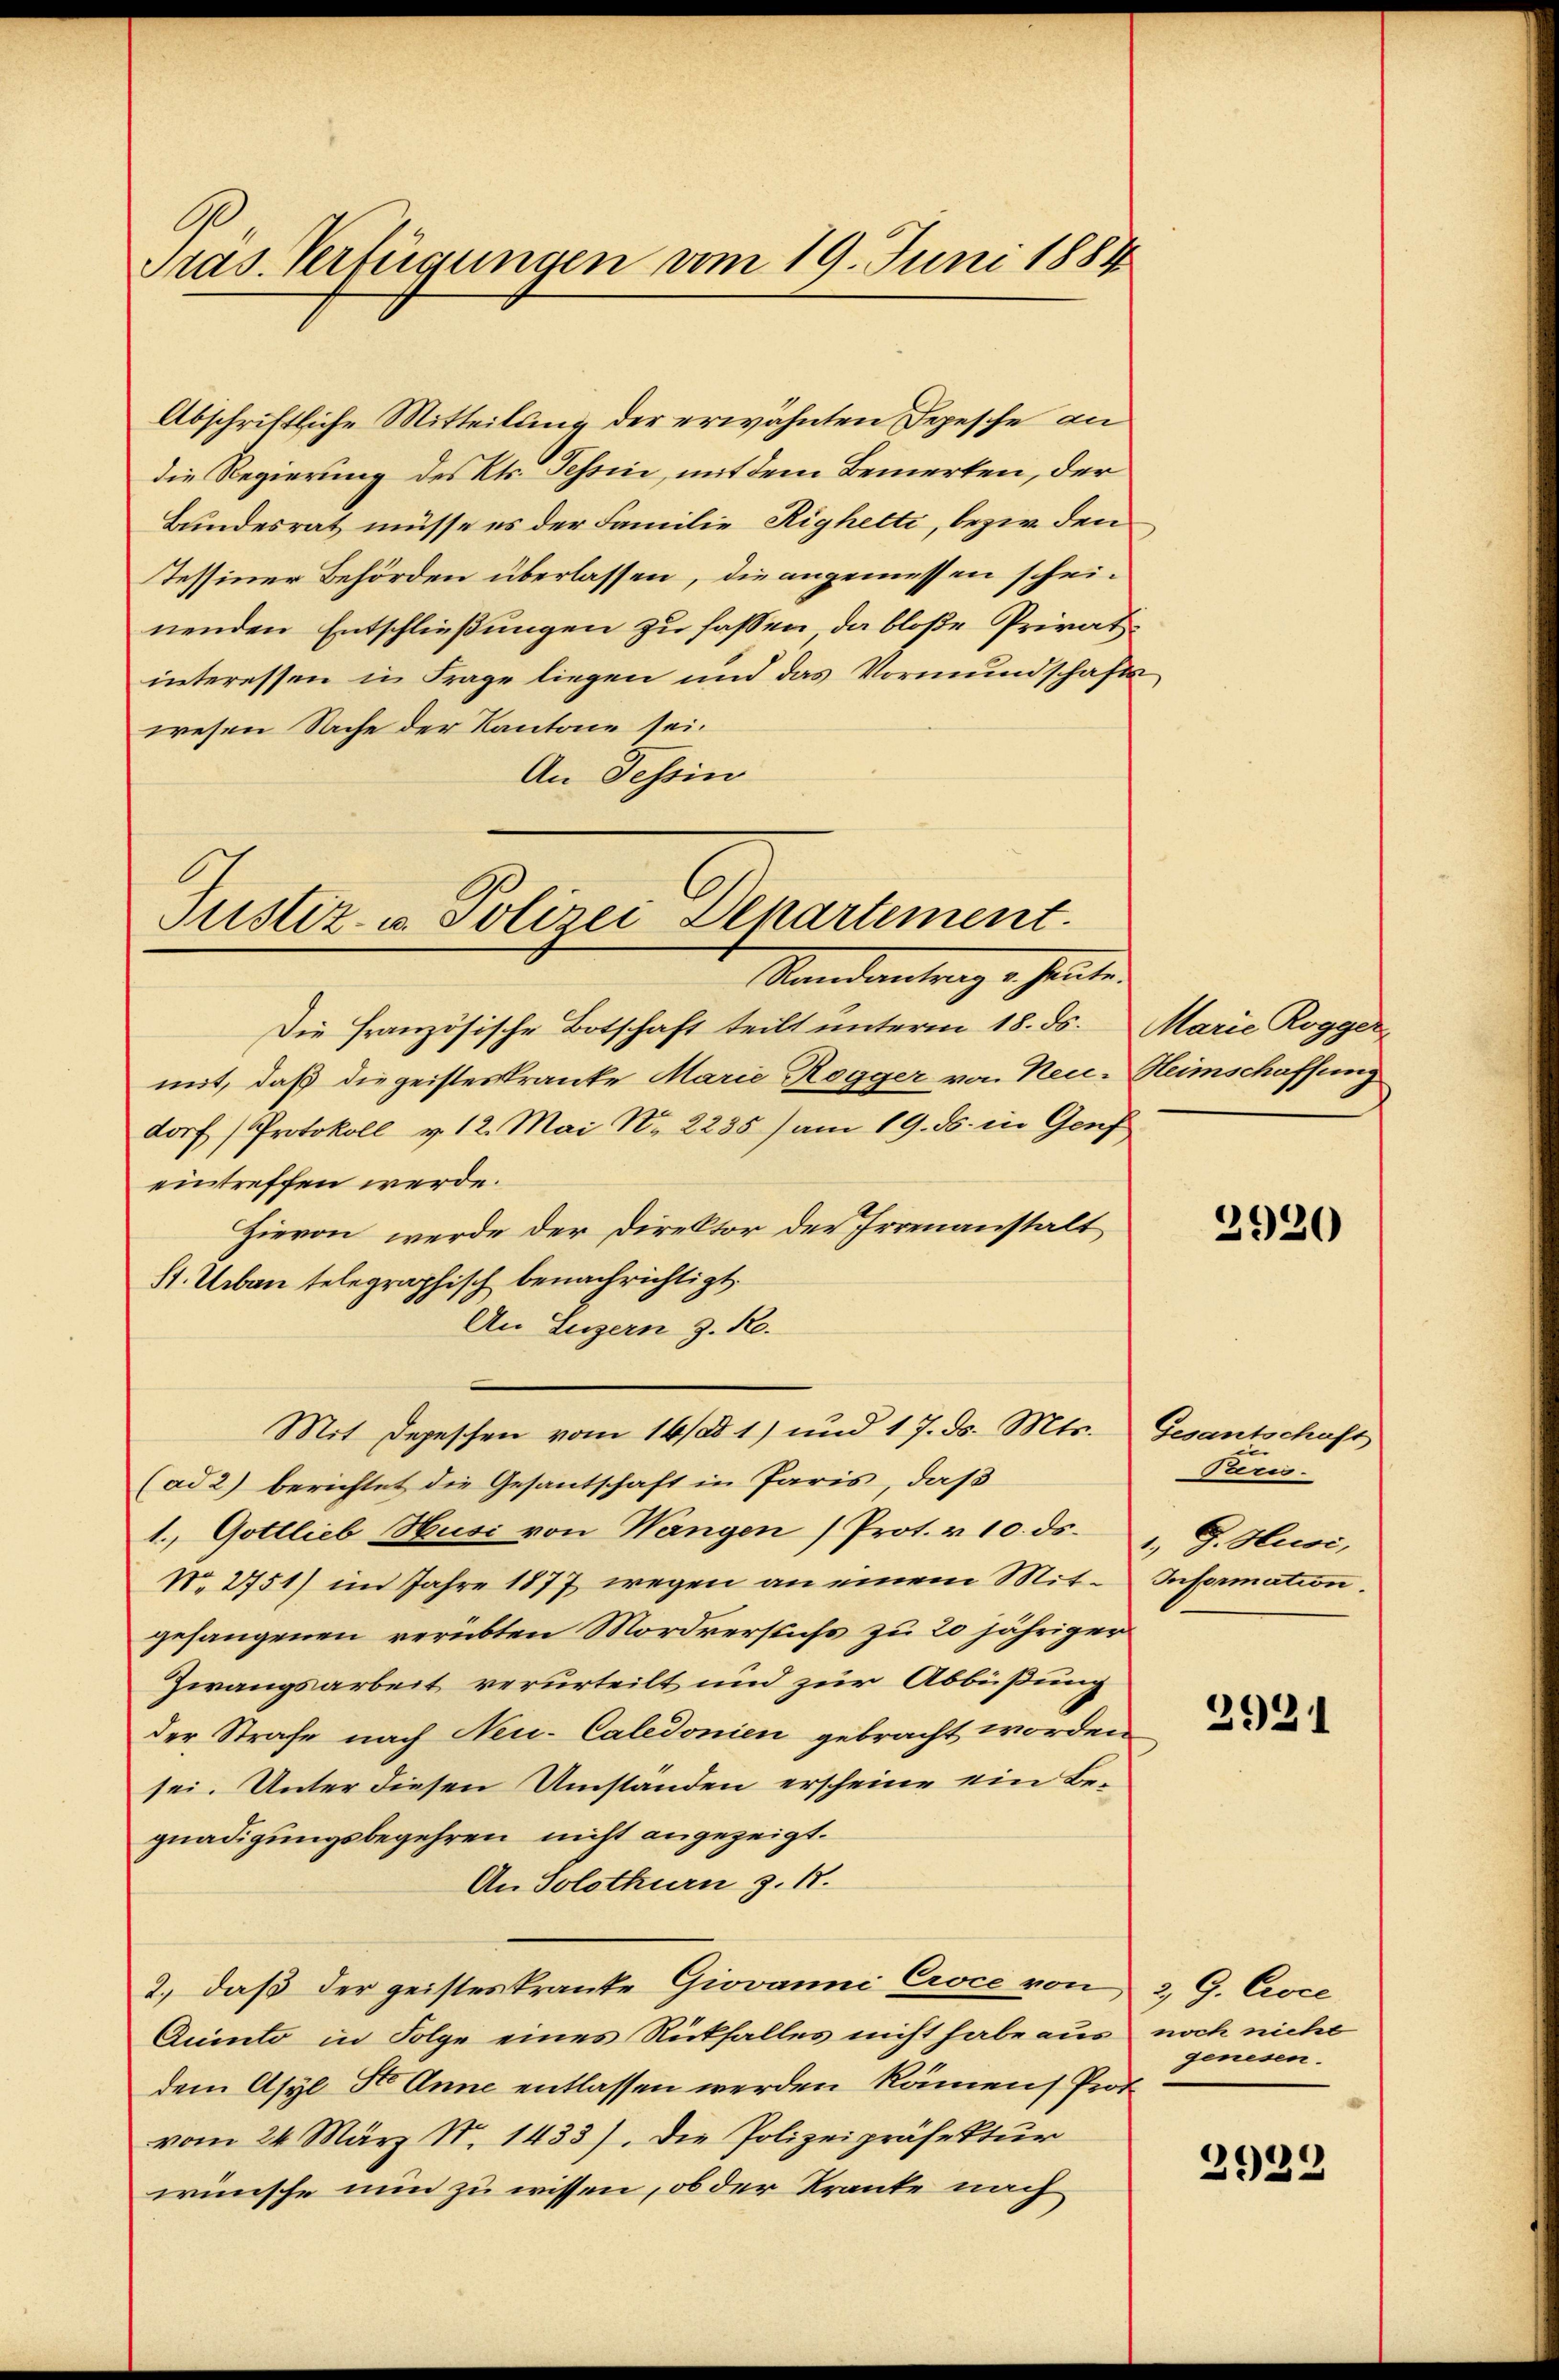
Pras. Verfügungen vom 19. Juni 1884

Abschriftliche Mitteilung der erwähnten Depesche an
die Regierung des Kts. Tessin, mit dem Bemerken, der
Bundesrat müsse es der Familie Righetti, bezw. den
Tessiner Behörden überlassen, die angemessen scheinenden Entschließungen zu fassen, da bloße Privatinteressen in Frage liegen und das Vormundschafts
wesen Sache der Kantone sei.
An Tessin

Justiz- u. Polizei Departement.
Standantungs heuten

Die französische Botschaft teilt unterm 18. ds. Marie Rogger
mit, daß die geisteskranke Marie Rogger von Neu-Heimschaffung
dorf (Protokoll v. 12. Mai Nr. 2235) am 19. ds. in Genf
eintreffen werde.
Hievon werde der Direktor der Irrenanstalt
11. Urban telegraphisch benachrichtigt.
An Luzern z. R.
(ad 2) berichtet die Gesantschaft in Paris, daß
1. Gottlieb Husi von Wangen (Prot. v. 10. ds. 1. G. Husi,
N. 2751) im Jahre 1877 wegen an einem Mit- Information.
gefangenen verübten Mordverstus zu 20 jähriger
Zwangsarbeit verurteilt und zur Abbüßung
der Strafe nach Neu-Caledonien gebracht worden
sei. Unter diesen Umständen erscheine ein Begnadigungsbegehren nicht angezeigt.
An Solothurn z. B.
2.) daß der geisteskranke Giovanni Croce von 2, G. Croce
Quinto in Folge eines Rückfalles nicht habe aus noch nicht
dem Asyl St. Anne entlassen werden kämen, Prot
vom 24. März N. 1433). Die Polizeipräsektur
wünsche nun zu wissen, ob der Kranke nach

Mit Depeschen vom 16/a 1) und 17. d. Mts. Gesantschaft

3920

Paris.

3931

genesen.

2939